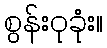
စွန်းဝုခုံး။